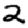
Digit: 2